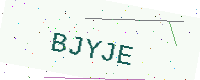
Text: BJYJE